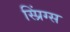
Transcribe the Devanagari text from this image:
स्प्रिंग्‍स